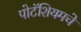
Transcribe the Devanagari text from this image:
पोटॅशियमचे